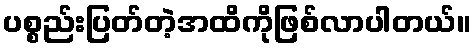
ပစ္စည်းပြတ်တဲ့အထိကိုဖြစ်လာပါတယ်။